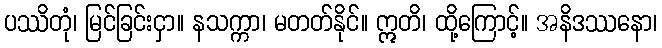
ပဿိတုံ၊ မြင်ခြင်းငှာ။ နသက္ကာ၊ မတတ်နိုင်။ ဣတိ၊ ထို့ကြောင့်။ အနိဒဿနော၊